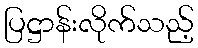
ပြဋ္ဌာန်းလိုက်သည့်